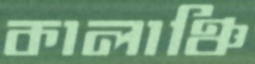
কালাঞ্চি